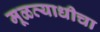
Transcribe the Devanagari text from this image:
मूळव्याधीचा